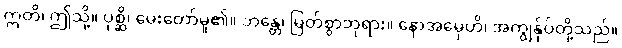
ဣတိ၊ ဤသို့။ ပုစ္ဆိ၊ မေးတော်မူ၏။ ဘန္တေ၊ မြတ်စွာဘုရား။ နောအမှေဟိ၊ အကျွန်ုပ်တို့သည်။